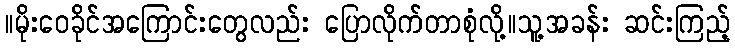
။မိုးဝေခိုင်အကြောင်းတွေလည်း ပြောလိုက်တာစုံလို့။သူ့အခန်း ဆင်းကြည့်